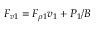
F _ { v 1 } = F _ { \rho 1 } v _ { 1 } + P _ { 1 } / B